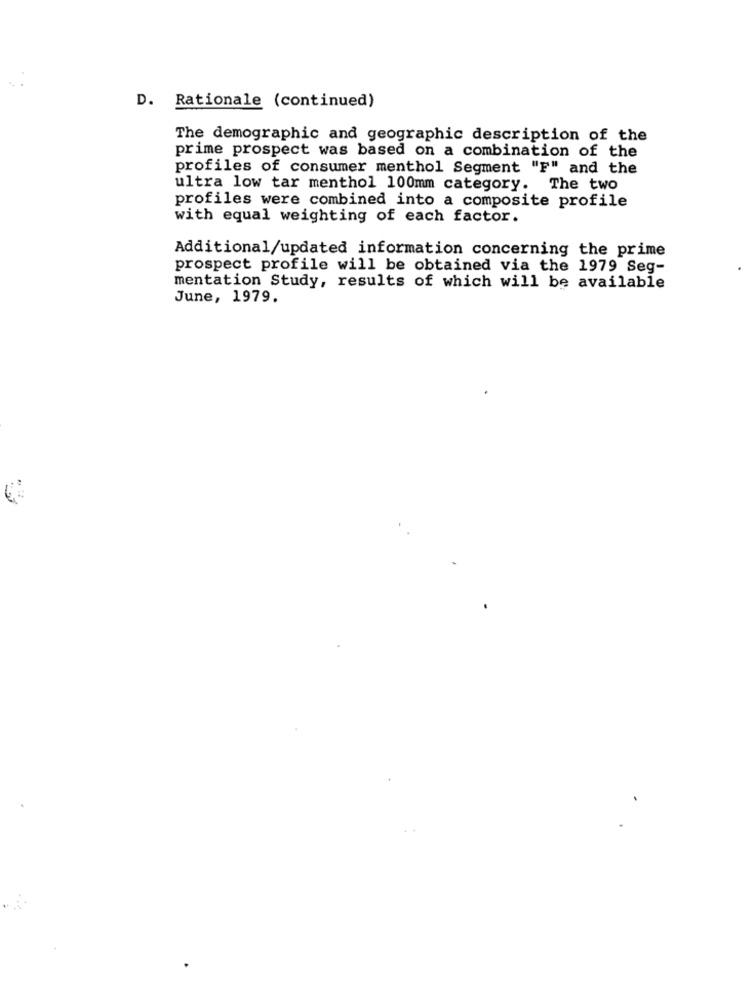
D. Rationale (continued)
The demographic and geographic description of the
prime prospect was based on a combination of the
profiles of consumer menthol Segment "F" and the
ultra low tar menthol 100mm category. The two
profiles were combined into a composite profile
with equal weighting of each factor.
Additional/updated information concerning the prime
prospect profile will be obtained via the 1979 Seg-
mentation Study, results of which will be available
June, 1979.